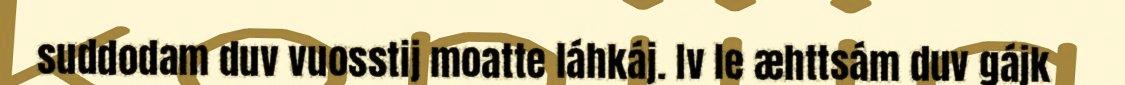
suddodam duv vuosstij moatte láhkáj. Iv le æhttsám duv gájk